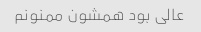
عالی بود همشون ممنونم